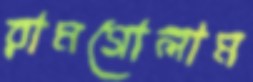
রামগোলাম